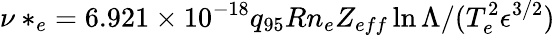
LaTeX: \nu*_{e}=6.921\times 10^{-18}q_{95}Rn_{e}Z_{eff}\ln\Lambda/(T_{e}^{2}\epsilon^{3/2})